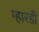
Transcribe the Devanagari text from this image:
म्हारडी